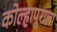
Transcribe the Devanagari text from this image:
कोल्हापूराला